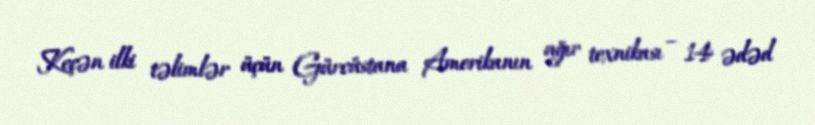
Keçən ilki təlimlər üçün Gürcüstana Amerikanın ağır texnikası – 14 ədəd